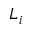
L _ { i }